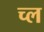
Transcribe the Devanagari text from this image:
च्ल